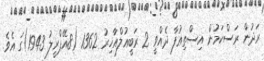
ރަދުން ރަސްކަމުން އިސްތިޢުފާ ދެއްވީ 2 ރަބީޢުލްއާޚިރު 1362 (8އޭޕްރީލު 1943)ގަ އެވެ.